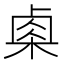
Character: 𬃄